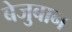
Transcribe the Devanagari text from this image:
बेजुबान